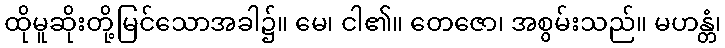
ထိုမူဆိုးတို့မြင်သောအခါ၌။ မေ၊ ငါ၏။ တေဇော၊ အစွမ်းသည်။ မဟန္တံ၊